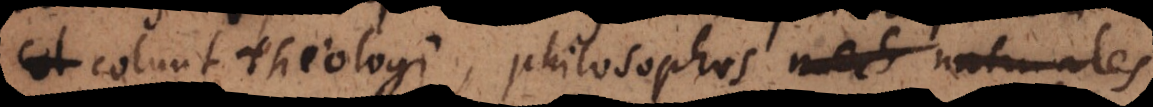
colunt Theologi, philosophos mech naturales